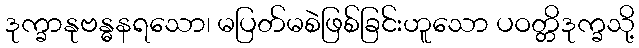
ဒုက္ခာနုဗန္ဓနရသော၊ မပြတ်မစဲဖြစ်ခြင်းဟူသော ပဝတ္တိဒုက္ခသို့